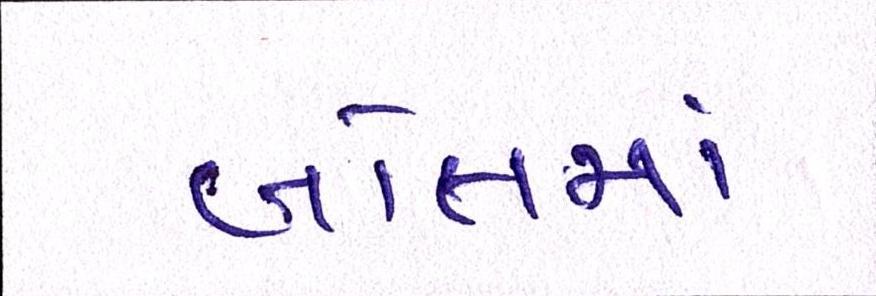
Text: બોલમાં